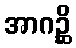
အာဂဉ္ဆိ